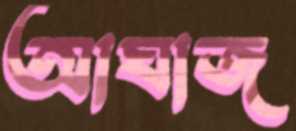
আঘাজ